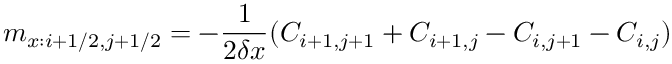
m _ { x : i + 1 / 2 , j + 1 / 2 } = - \frac { 1 } { 2 \delta x } ( C _ { i + 1 , j + 1 } + C _ { i + 1 , j } - C _ { i , j + 1 } - C _ { i , j } )